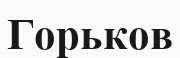
Горьков